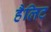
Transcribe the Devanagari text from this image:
हैलिट